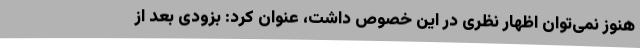
هنوز نمی‌توان اظهار نظری در این خصوص داشت، عنوان کرد: بزودی بعد از